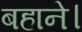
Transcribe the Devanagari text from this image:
बहाने।